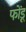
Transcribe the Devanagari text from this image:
फोंडू